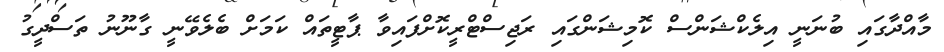
މާއްދާގައި ބުނަނީ އިލެކްޝަންސް ކޮމިޝަންގައި ރަޖިސްޓްރީކޮށްފައިވާ ޕާޓީތައް ކަމަށް ބެލެވޭނީ ގާނޫނު ތަސްދީގު